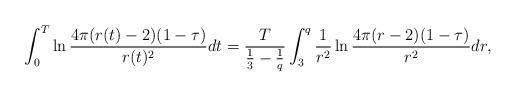
LaTeX: \begin{align*}\int_{0}^{T}\ln\frac{4\pi(r(t)-2)(1-\tau)}{r(t)^{2}}dt=\frac{T}{\frac{1}{3}-\frac{1}{q}}\int_{3}^{q}\frac{1}{r^{2}}\ln\frac{4\pi(r-2)(1-\tau)}{r^{2}}dr,\end{align*}